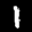
Label: 1